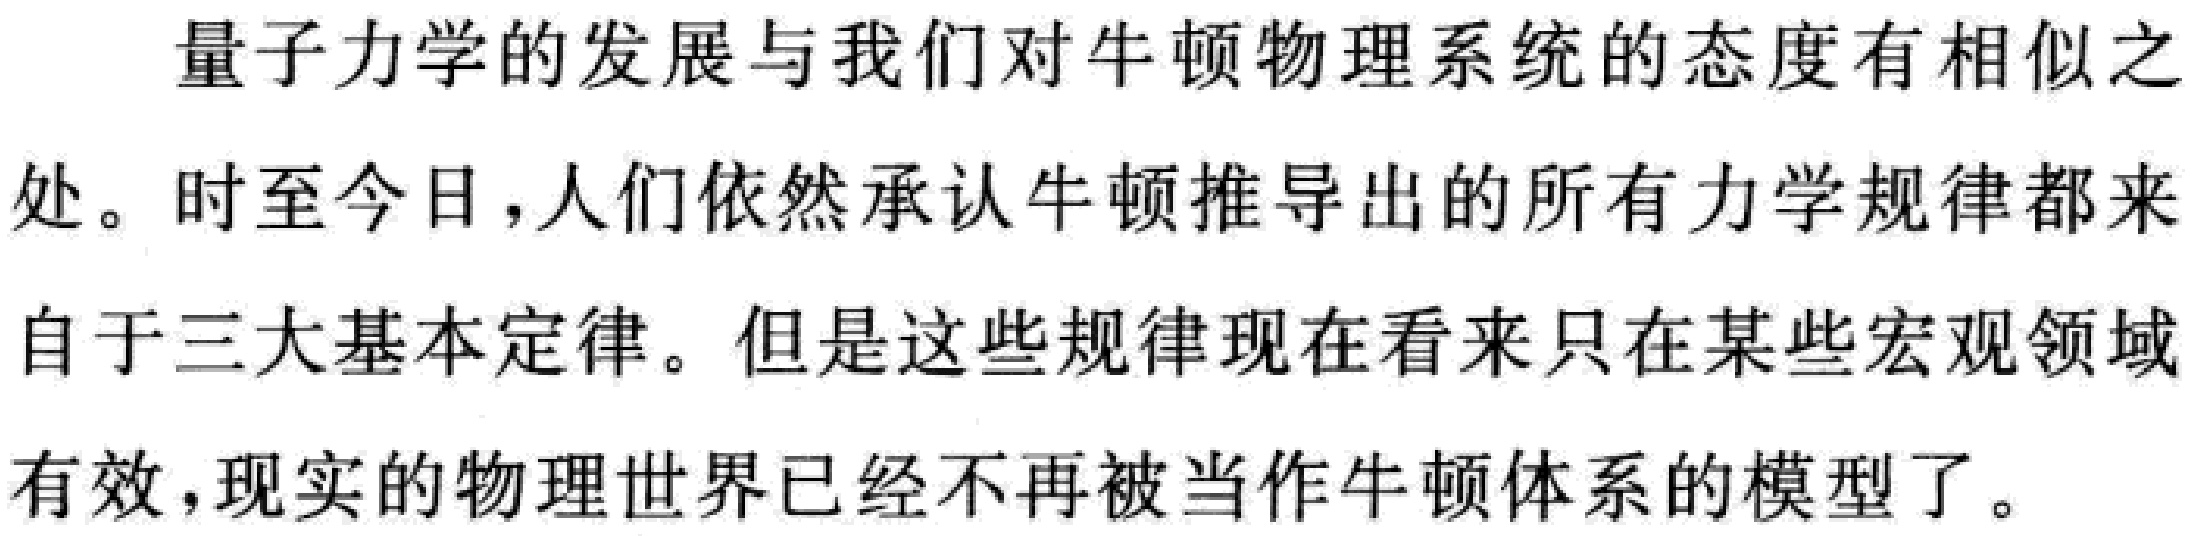
量子力学的发展与我们对牛顿物理系统的态度有相似之处。时至今日，人们依然承认牛顿推导出的所有力学规律都来自于三大基本定律。但是这些规律现在看来只在某些宏观领域有效，现实的物理世界已经不再被当作牛顿体系的模型了。